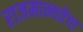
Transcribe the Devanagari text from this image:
राजमान्यतेचा